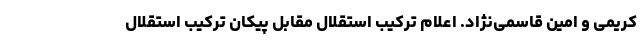
کریمی و امین قاسمی‌نژاد. اعلام ترکیب استقلال مقابل پیکان ترکیب استقلال